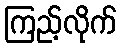
ကြည့်လိုက်